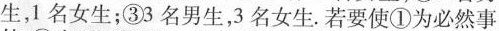
生，1名女生；③3名男生，3名女生。若要使①为必然事